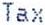
TAX